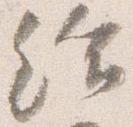
給